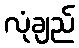
လုံချည်